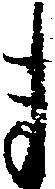
ま